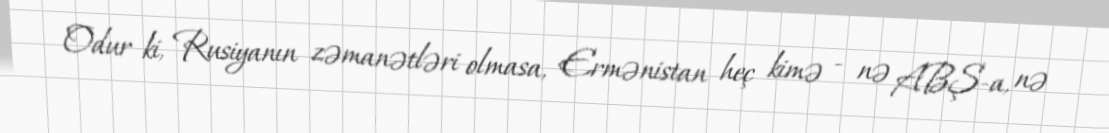
Odur ki, Rusiyanın zəmanətləri olmasa, Ermənistan heç kimə - nə ABŞ-a, nə